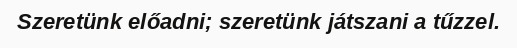
Szeretünk előadni; szeretünk játszani a tűzzel.